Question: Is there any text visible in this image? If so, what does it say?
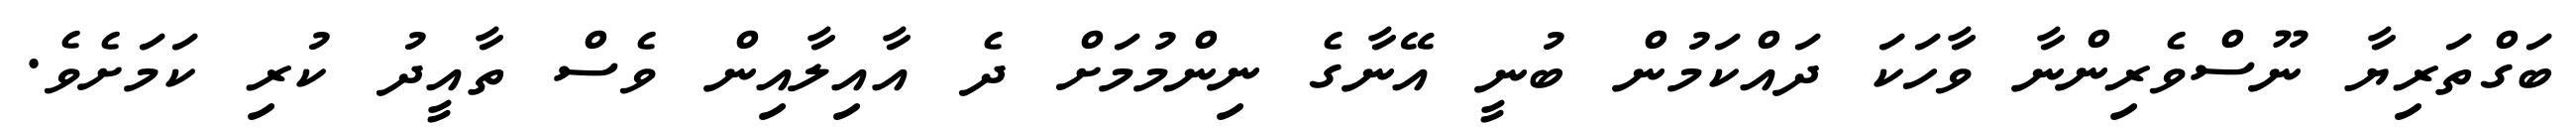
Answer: ބަގްތަރިޔާ ނޫސްވެރިންނާ ވާހަކަ ދައްކަމުން ބުނީ އޭނާގެ ނިންމުމަށް ދެ އާއިލާއިން ވެސް ތާއީދު ކުރި ކަމަށެވެ.